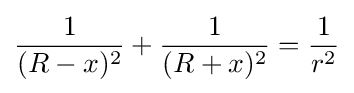
{\frac {1}{(R-x)^{2}}}+{\frac {1}{(R+x)^{2}}}={\frac {1}{r^{2}}}